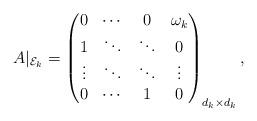
LaTeX: \begin{align*} A|_{{\cal E}_k}= \begin{pmatrix}0&\cdots&0&\omega_k\\ 1&\ddots&\ddots&0\\ \vdots&\ddots&\ddots&\vdots\\ 0&\cdots&1&0\end{pmatrix}_{d_k\times d_k},\end{align*}